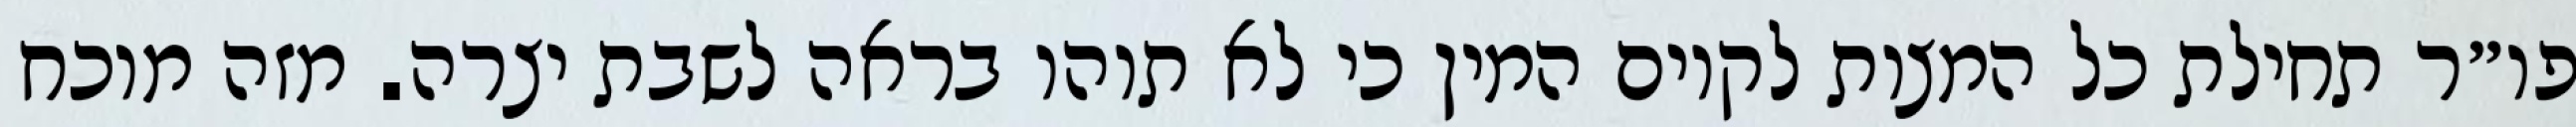
פו״ר תחילת כל המצות לקיום המין כי לא תוהו בראה לשבת יצרה. מזה מוכח